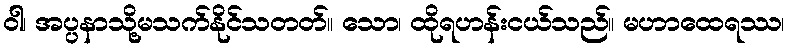
ဝါ၊ အပ္ပနာသို့မသက်နိုင်သတတ်။ သော၊ ထိုရဟန်းငယ်သည်။ မဟာထေရဿ၊